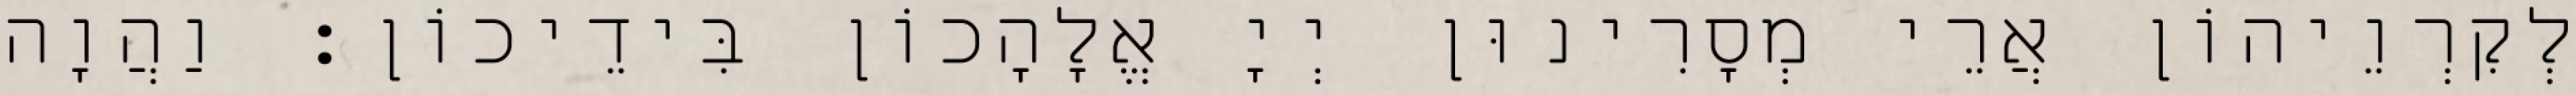
לְקִרְוֵיהוֹן אֲרֵי מְסָרִינוּן יְיָ אֱלָהָכוֹן בִּידֵיכוֹן׃ וַהֲוָה